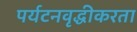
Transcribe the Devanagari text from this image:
पर्यटनवृद्धीकरता